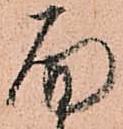
面